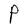
Character: P